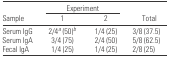
|  | <COLSPAN=2> Experiment |  |
 | Sample | 1 | 2 | Total |
 | --- | --- | --- | --- |
 | Serum IgG | 2/4a (50)b | 1/4 (25) | 3/8 (37.5) |
 | Serum IgA | 3/4 (75) | 2/4 (50) | 5/8 (62.5) |
 | Fecal IgA | 1/4 (25) | 1/4 (25) | 2/8 (25) |